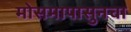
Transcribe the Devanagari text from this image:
मोसमापासुनचा